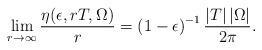
LaTeX: \begin{align*}\lim_{r\rightarrow \infty }\frac{\eta (\epsilon ,rT,\Omega )}{r}=\left(1-\epsilon \right) ^{-1}\frac{\left\vert T\right\vert \left\vert \Omega\right\vert }{2\pi }\mbox{.} \end{align*}